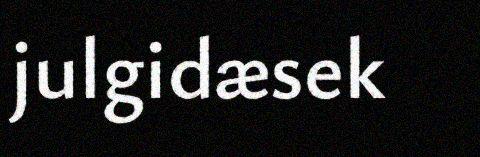
julgidæsek